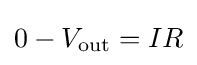
0-V_{\text{out}}=IR